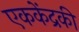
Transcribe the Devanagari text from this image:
एककेंद्रकी